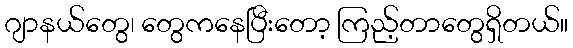
ဂျာနယ်တွေ၊ တွေကနေပြီးတော့ ကြည့်တာတွေရှိတယ်။